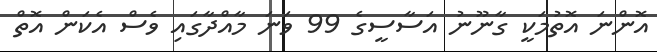
އޮންނަ އޮތުމަކީ ގާނޫނު އަސާސީގެ 99 ވަނަ މާއްދާގައި ވެސް އެކަން އޮތް